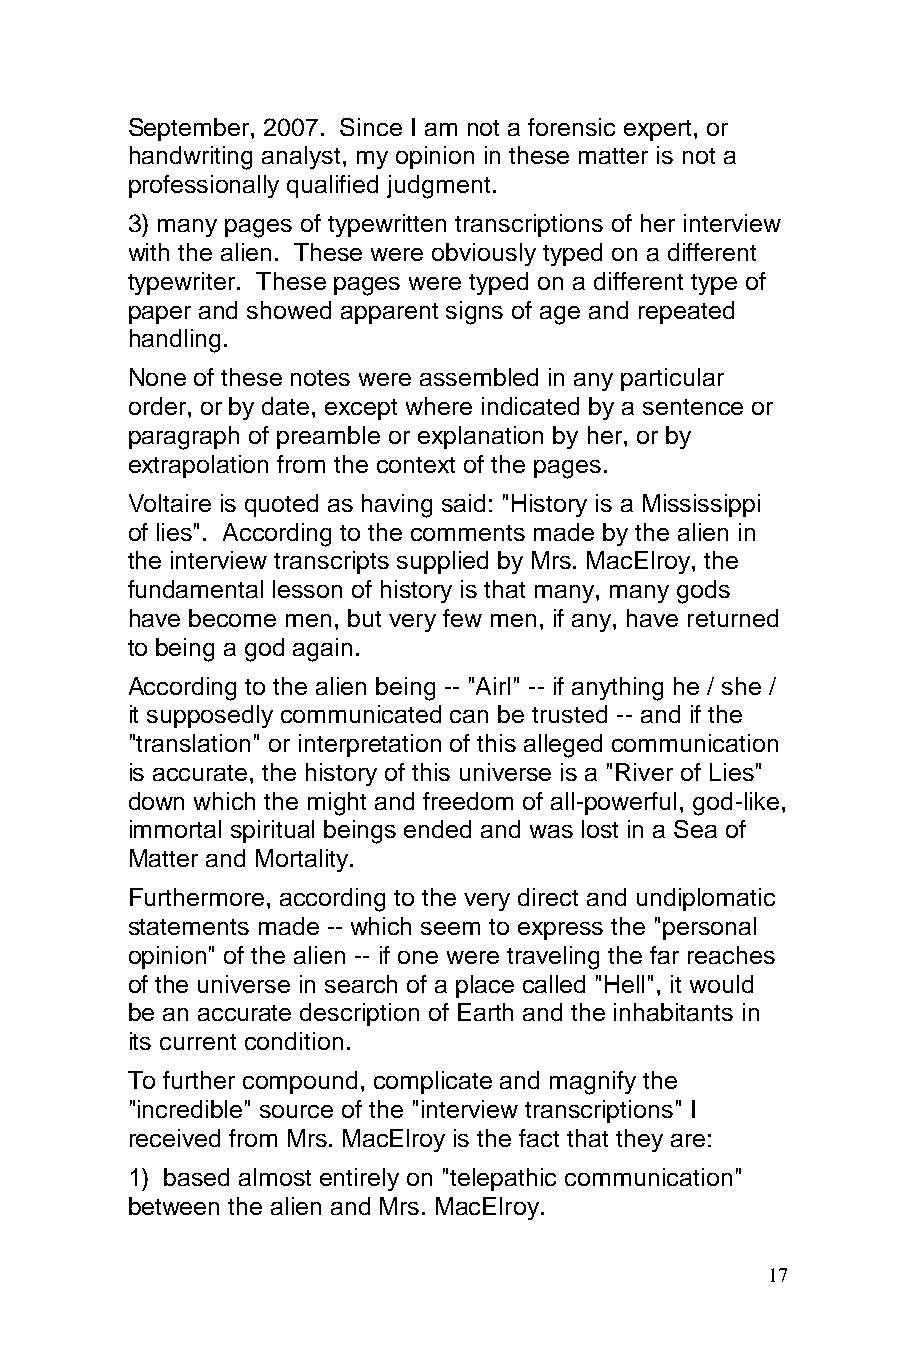
September, 2007. Since I am not a forensic expert, or
 handwriting analyst, my opinion in these matter is not a
 professionally qualified judgment.
 3) many pages of typewritten transcriptions of her interview
 with the alien. These were obviously typed on a different
 typewriter. These pages were typed on a different type of
 paper and showed apparent signs of age and repeated
 handling.
 None of these notes were assembled in any particular
 order, or by date, except where indicated by a sentence or
 paragraph of preamble or explanation by her, or by
 extrapolation from the context of the pages.
 Voltaire is quoted as having said: "History is a Mississippi
 of lies". According to the comments made by the alien in
 the interview transcripts supplied by Mrs. MacElroy, the
 fundamental lesson of history is that many, many gods
 have become men, but very few men, if any, have returned
 to being a god again.
 According to the alien being -- "Airl" -- if anything he / she /
 it supposedly communicated can be trusted -- and if the
 "translation" or interpretation of this alleged communication
 is accurate, the history of this universe is a "River of Lies"
 down which the might and freedom of all-powerful, god-like,
 immortal spiritual beings ended and was lost in a Sea of
 Matter and Mortality.
 Furthermore, according to the very direct and undiplomatic
 statements made -- which seem to express the "personal
 opinion" of the alien -- if one were traveling the far reaches
 of the universe in search of a place called "Hell", it would
 be an accurate description of Earth and the inhabitants in
 its current condition.
 To further compound, complicate and magnify the
 "incredible" source of the "interview transcriptions" I
 received from Mrs. MacElroy is the fact that they are:
 1) based almost entirely on "telepathic communication"
 between the alien and Mrs. MacElroy.
 17